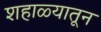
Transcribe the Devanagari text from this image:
शहाळ्यातून